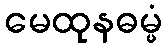
မေထုနဓမ္မံ